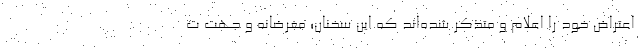
اعتراض خود را اعلام و متذکر شده‌اند که این سخنان؛ مغرضانه و جهت ت